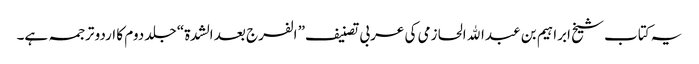
یہ کتاب شیخ ابراہیم بن عبدالله الحازمی کی عربی تصنیف” الفرج بعد الشدة“ جلد دوم کا اردو ترجمہ ہے۔